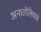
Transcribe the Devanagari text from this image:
अनातोलियाचे